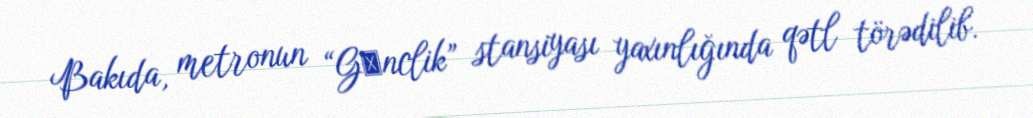
Bakıda, metronun “Gәnclik” stansiyası yaxınlığında qətl törədilib.